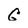
Character: C